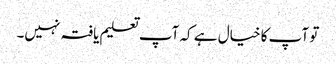
تو آپ کا خیال ہے کہ آپ تعلیم یافتہ نہیں۔